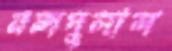
নন্দদুলাল